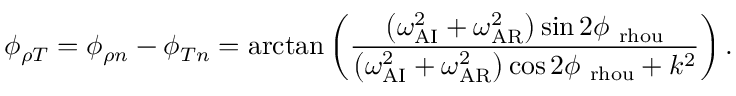
\phi _ { \rho T } = \phi _ { \rho n } - \phi _ { T n } = \arctan \left( \frac { \left( \omega _ { \mathrm { A I } } ^ { 2 } + \omega _ { \mathrm { A R } } ^ { 2 } \right) \sin { 2 \phi _ { \mathrm { \ r h o u } } } } { \left( \omega _ { \mathrm { A I } } ^ { 2 } + \omega _ { \mathrm { A R } } ^ { 2 } \right) \cos { 2 \phi _ { \mathrm { \ r h o u } } } + k ^ { 2 } } \right) .